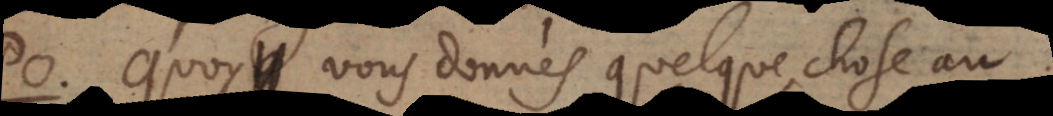
o. Quoy, vous donnés quelque chose au